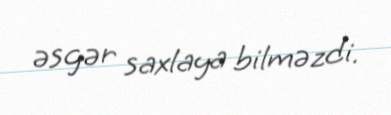
əsgər saxlaya bilməzdi.